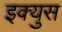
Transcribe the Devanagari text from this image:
इक्युस